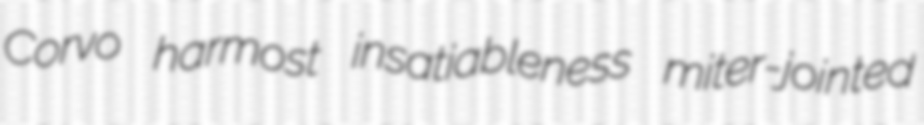
Corvo harmost insatiableness miter-jointed